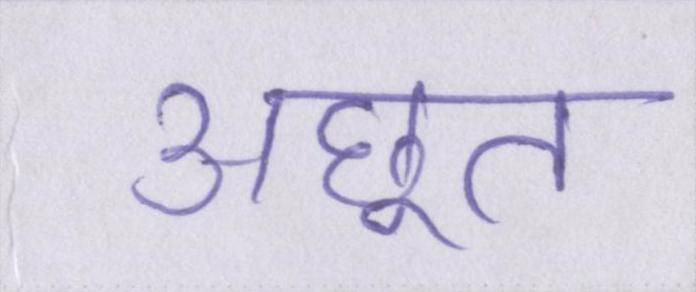
अछूत